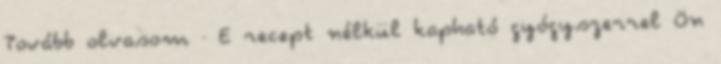
Tovább olvasom · E recept nélkül kapható gyógyszerrel Ön